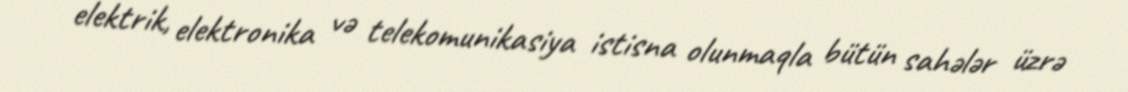
elektrik, elektronika və telekomunikasiya istisna olunmaqla bütün sahələr üzrə